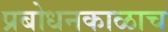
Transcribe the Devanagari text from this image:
प्रबोधनकाळाच